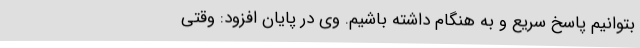
بتوانیم پاسخ سریع و به هنگام داشته باشیم. وی در پایان افزود: وقتی